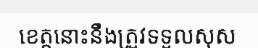
ខេត្តនោះនឹងត្រួវទទួលសុស